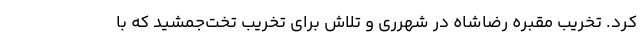
کرد. تخریب مقبره رضاشاه در شهرری و تلاش برای تخریب تخت‌جمشید که با